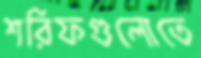
শরিফগুলোতে